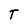
Character: T